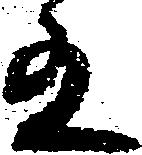
有